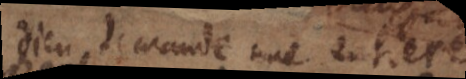
Dieu demande une entiere